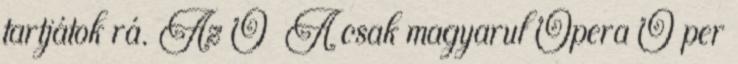
tartjátok rá. Az O A csak magyarul Opera O per